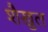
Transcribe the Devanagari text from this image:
शैखुल